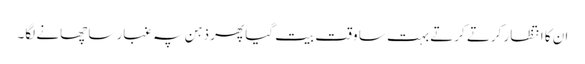
ان کا انتظار کرتے کرتے بہت سا وقت بیت گیا پھر ذہن پہ غبار سا چھانے لگا۔